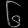
Digit: ၆